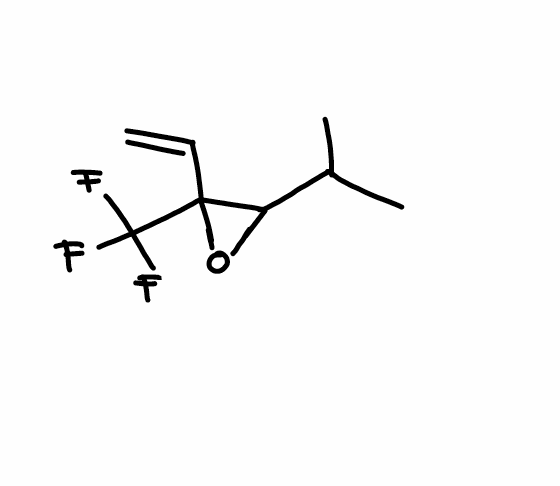
Simplified molecular-input line-entry system (SMILES) notation of the given molecule:
CC(C)C1C(O1)(C=C)C(F)(F)F